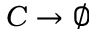
C \to \emptyset